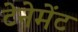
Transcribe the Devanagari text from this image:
टेनेमेंट